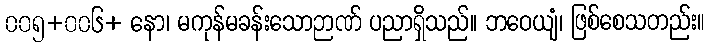
၀၀၅+၀၀၆+ နော၊ မကုန်မခန်းသောဉာဏ် ပညာရှိသည်။ ဘဝေယျံ၊ ဖြစ်စေသတည်း။